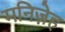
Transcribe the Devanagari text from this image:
मनिज़ेह